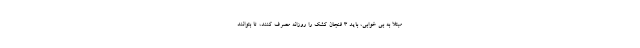
مبتلا به بی خوابی، باید 3 فنجان کشک را روزانه مصرف کنند، تا بتوانند